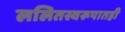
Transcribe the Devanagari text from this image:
ललितस्वरूपातही